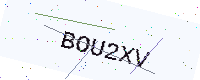
Text: BOU2XV